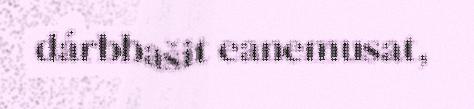
dárbbašit eanemusat,